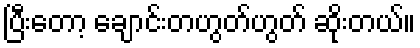
ပြီးတော့ ချောင်းတဟွတ်ဟွတ် ဆိုးတယ်။